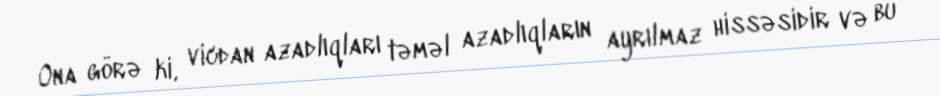
Ona görə ki, vicdan azadlıqları təməl azadlıqların ayrılmaz hissəsidir və bu